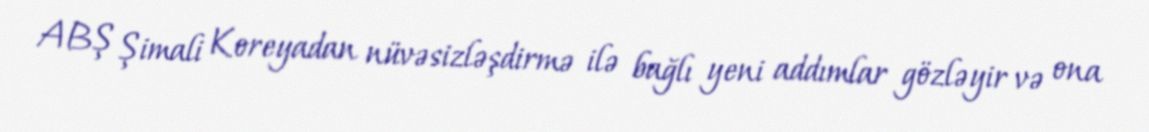
ABŞ Şimali Koreyadan nüvəsizləşdirmə ilə bağlı yeni addımlar gözləyir və ona